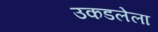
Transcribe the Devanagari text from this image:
उकडलेला